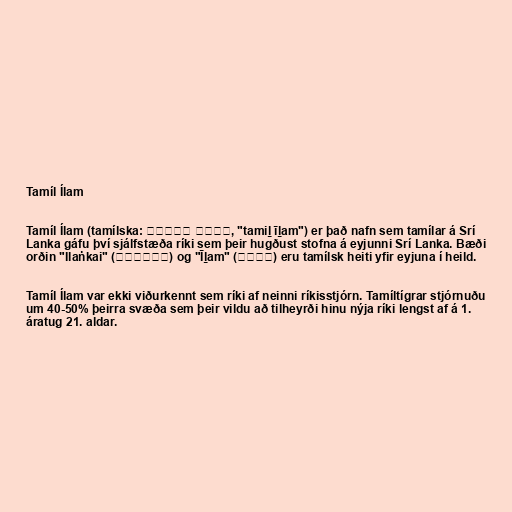
Tamíl Ílam

Tamíl Ílam (tamílska: தமிழ் ஈழம், "tamiḻ īḻam") er það nafn sem tamílar á Srí
Lanka gáfu því sjálfstæða ríki sem þeir hugðust stofna á eyjunni Srí Lanka. Bæði
orðin "Ilaṅkai" (இலங்கை) og "Īḻam" (ஈழம்) eru tamílsk heiti yfir eyjuna í heild.

Tamíl Ílam var ekki viðurkennt sem ríki af neinni ríkisstjórn. Tamíltígrar stjórnuðu
um 40-50% þeirra svæða sem þeir vildu að tilheyrði hinu nýja ríki lengst af á 1.
áratug 21. aldar.